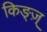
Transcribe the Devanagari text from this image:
किङ्ज़्